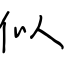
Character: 似